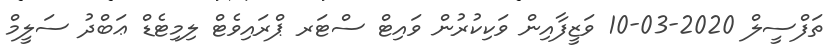
ތަފްސީލް 2020-03-10 ވަޒީފާއިން ވަކިކުރުން ވައިޓް ސްޓަރ ޕްރައިވެޓް ލިމިޓެޑް ޢަބްދު ސަލީމް